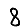
Digit: 8